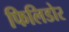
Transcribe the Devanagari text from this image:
फिलिडोर